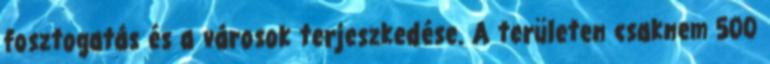
fosztogatás és a városok terjeszkedése. A területen csaknem 500